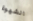
الشهوة